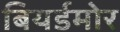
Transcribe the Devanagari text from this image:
बियर्डमोर